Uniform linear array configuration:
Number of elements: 12
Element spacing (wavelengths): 0.75
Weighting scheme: binomial
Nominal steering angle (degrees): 60
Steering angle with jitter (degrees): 59.942
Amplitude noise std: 0.05
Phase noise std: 0.05

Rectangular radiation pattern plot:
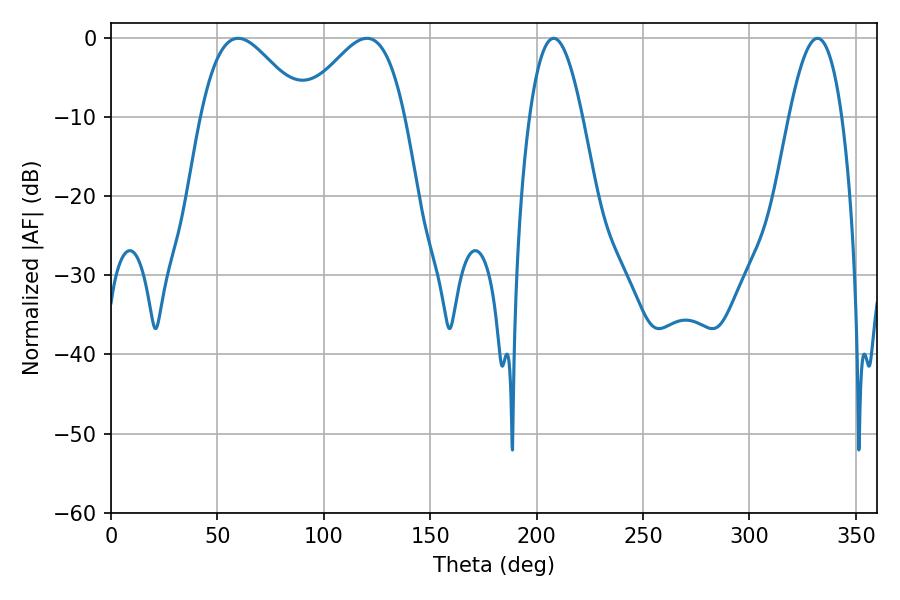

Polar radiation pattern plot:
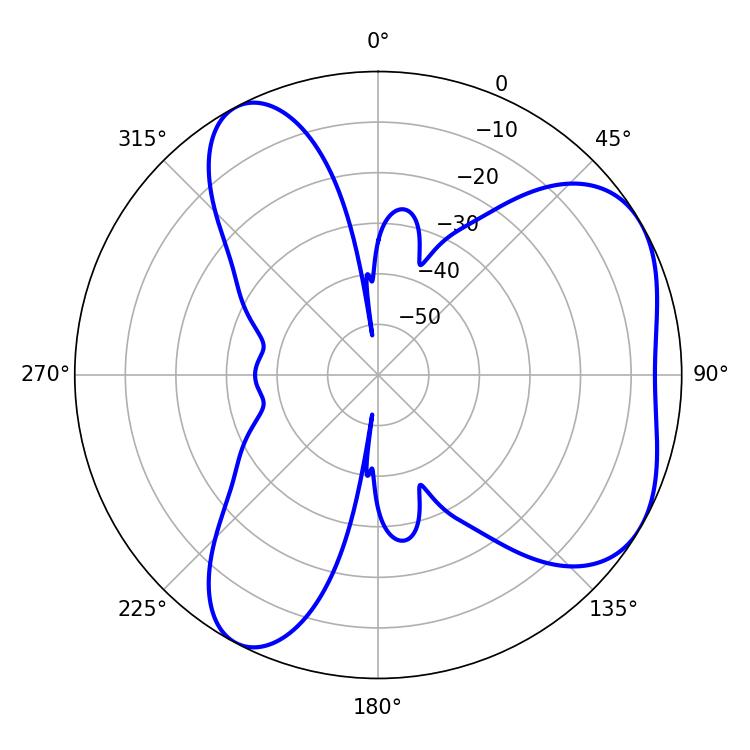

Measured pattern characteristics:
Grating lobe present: TRUE
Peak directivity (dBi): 5.021
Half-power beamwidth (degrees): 25.92
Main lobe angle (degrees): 59.76